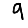
Digit: 9